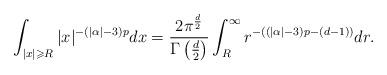
LaTeX: \begin{align*} \int_{|x|\geqslant R}|x|^{-(|\alpha|-3)p}dx = \frac{2\pi^{\frac{d}{2}}}{\Gamma\left(\frac{d}{2}\right)}\int_{R}^{\infty}r^{-\left((|\alpha|-3)p-(d-1)\right)}dr. \end{align*}